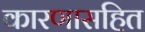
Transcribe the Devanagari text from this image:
कारणासहित